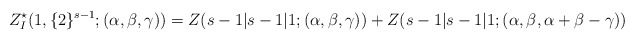
\begin{align*}Z_{I}^{\star}(1,\{2\}^{s-1};(\alpha, \beta,\gamma))=Z(s-1|s-1|1;(\alpha,\beta,\gamma))+Z(s-1|s-1|1;(\alpha,\beta,\alpha+\beta-\gamma))\end{align*}